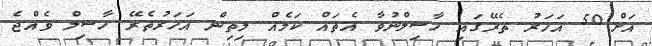
އަށް!50 އަހަރު ތެރޭގައި ހާސިލްނުވާ އެތައް ކަމެއް މިތިން އަހަރުތެރޭ ހާސިލް ވެއްޖެ